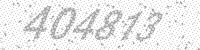
Solution: 404813